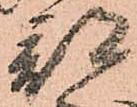
部